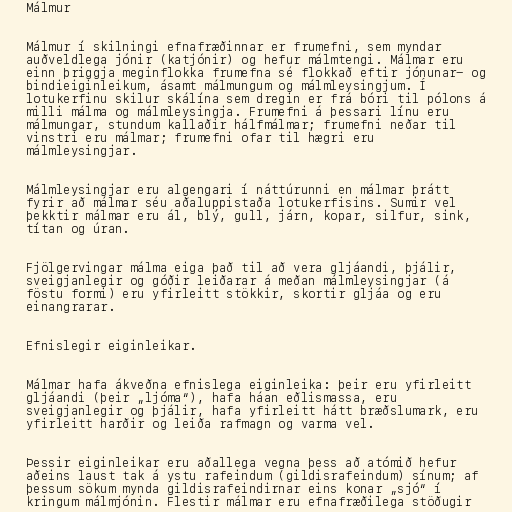
Málmur

Málmur í skilningi efnafræðinnar er frumefni, sem myndar
auðveldlega jónir (katjónir) og hefur málmtengi. Málmar eru
einn þriggja meginflokka frumefna sé flokkað eftir jónunar- og
bindieiginleikum, ásamt málmungum og málmleysingjum. Í
lotukerfinu skilur skálína sem dregin er frá bóri til pólons á
milli málma og málmleysingja. Frumefni á þessari línu eru
málmungar, stundum kallaðir hálfmálmar; frumefni neðar til
vinstri eru málmar; frumefni ofar til hægri eru
málmleysingjar.

Málmleysingjar eru algengari í náttúrunni en málmar þrátt
fyrir að málmar séu aðaluppistaða lotukerfisins. Sumir vel
þekktir málmar eru ál, blý, gull, járn, kopar, silfur, sink,
títan og úran.

Fjölgervingar málma eiga það til að vera gljáandi, þjálir,
sveigjanlegir og góðir leiðarar á meðan málmleysingjar (á
föstu formi) eru yfirleitt stökkir, skortir gljáa og eru
einangrarar.

Efnislegir eiginleikar.

Málmar hafa ákveðna efnislega eiginleika: þeir eru yfirleitt
gljáandi (þeir „ljóma“), hafa háan eðlismassa, eru
sveigjanlegir og þjálir, hafa yfirleitt hátt bræðslumark, eru
yfirleitt harðir og leiða rafmagn og varma vel.

Þessir eiginleikar eru aðallega vegna þess að atómið hefur
aðeins laust tak á ystu rafeindum (gildisrafeindum) sínum; af
þessum sökum mynda gildisrafeindirnar eins konar „sjó“ í
kringum málmjónin. Flestir málmar eru efnafræðilega stöðugir